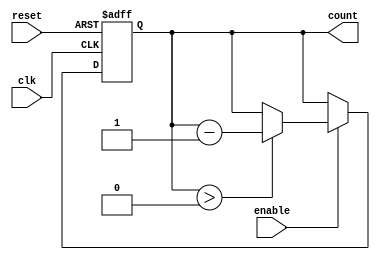
module down_counter_with_enable #(
    parameter MAX_COUNT = 15  // Define the maximum count value (N)
) (
    input wire clk,            // Clock signal
    input wire enable,         // Enable signal
    input wire reset,          // Reset signal
    output reg [$clog2(MAX_COUNT + 1) - 1:0] count // Current count value
);

// Internal register to hold the maximum count value
localparam MAX_COUNT_VALUE = MAX_COUNT;

// Asynchronous reset and synchronous counting
always @(posedge clk or posedge reset) begin
    if (reset) begin
        count <= MAX_COUNT_VALUE; // Reset to maximum count value
    end else if (enable) begin
        if (count > 0) begin
            count <= count - 1;   // Decrement the counter
        end
        // If count is 0, it remains 0 (no negative counting)
    end
end

endmodule